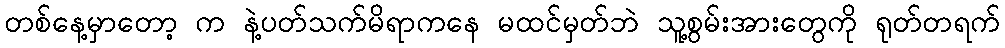
တစ်နေ့မှာတော့ က နဲ့ပတ်သက်မိရာကနေ မထင်မှတ်ဘဲ သူ့စွမ်းအားတွေကို ရုတ်တရက်